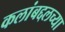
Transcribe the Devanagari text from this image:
कलांबद्दलच्या